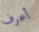
أعرف